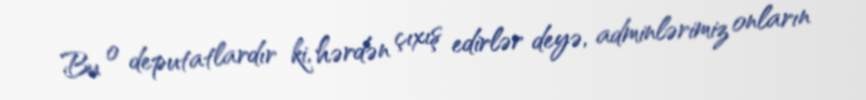
Bu o deputatlardır ki, hərdən çıxış edirlər deyə, adminlərimiz onların